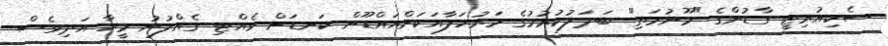
ސެކިއުރިޓީ ގާޑުންގެ "މޫނުމަތި" ބަދަލުކުރުމުގެ މަރުހަލާއަކަށްއައްޑޫން ކަނޑަށް ވެއްޓި ގެއްލުނު މީހާ އަދިވެސް